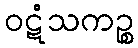
ဝဋံသကဉ္စ